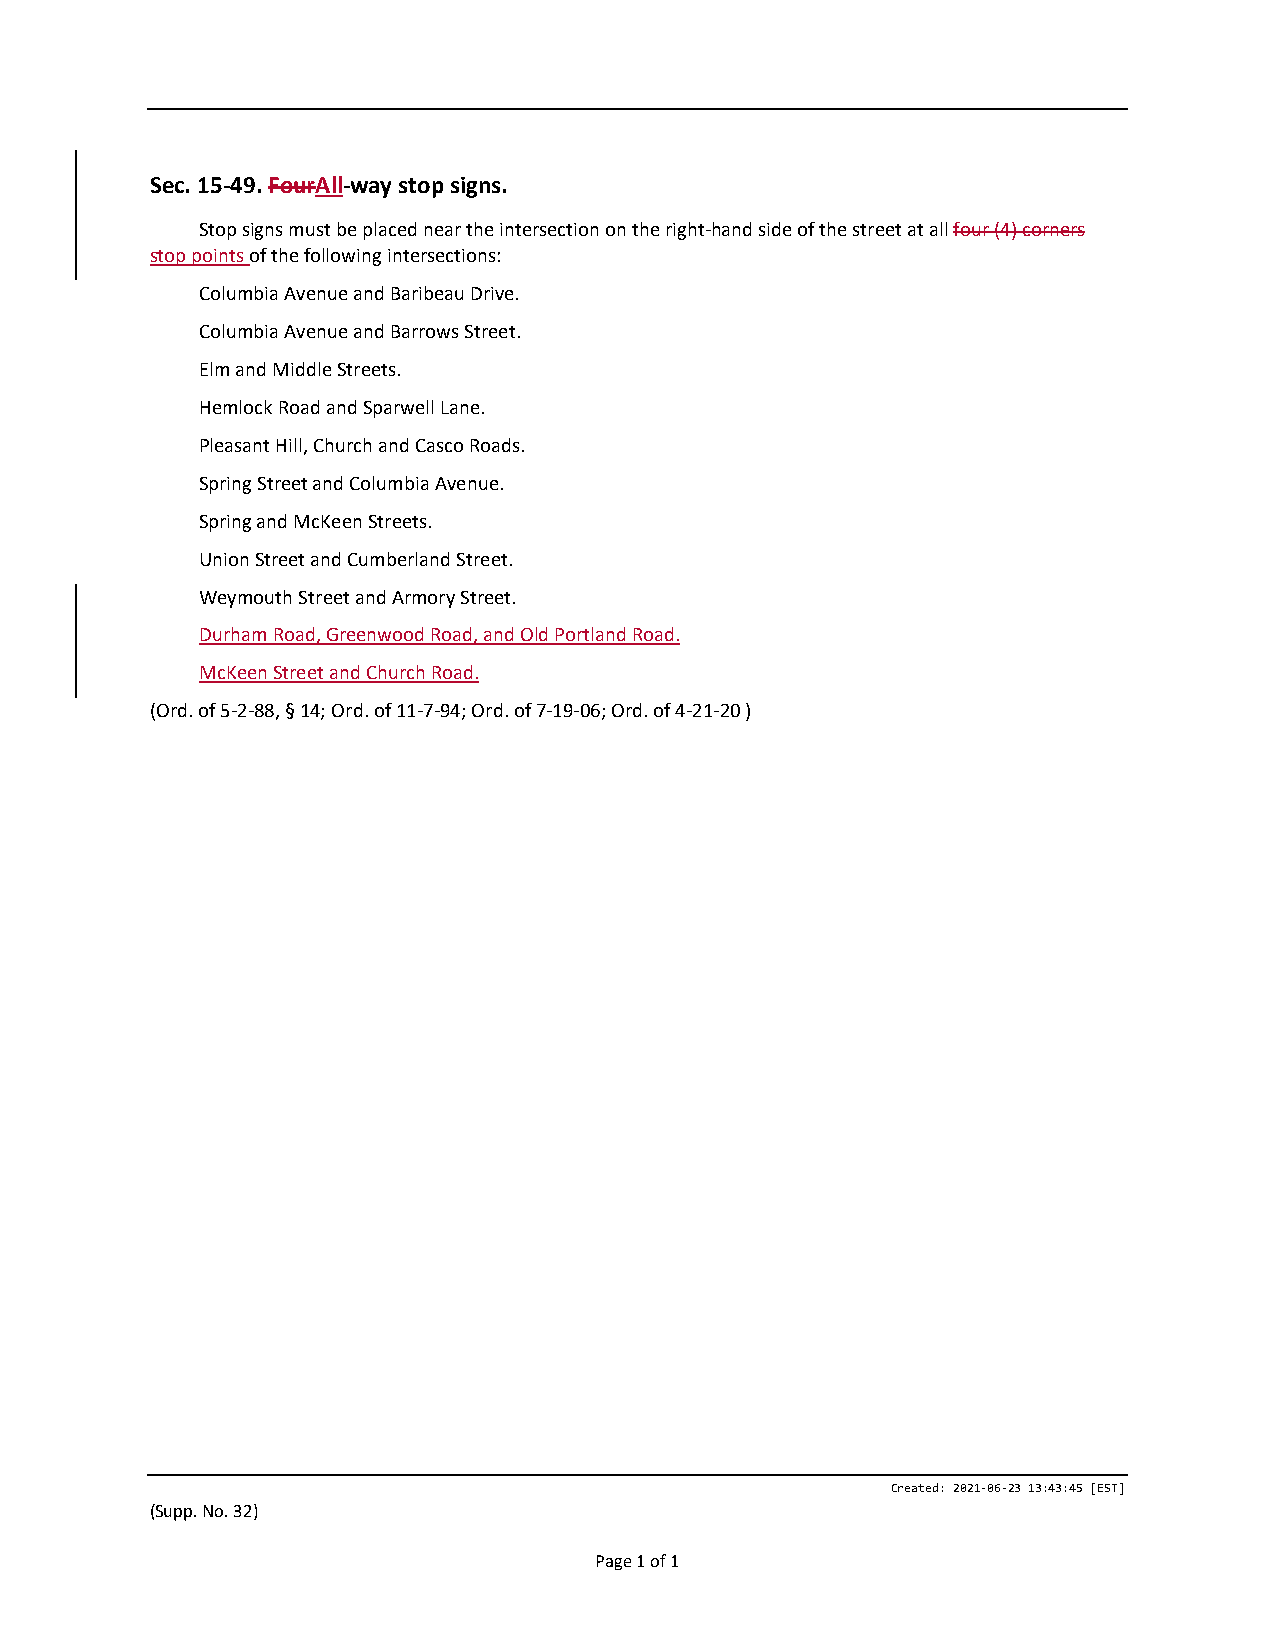
Sec. 15-49. FourAll-way stop signs.
 Stop signs must be placed near the intersection on the right-hand side of the street at all four (4) corners
 stop points of the following intersections:
 Columbia Avenue and Baribeau Drive.
 Columbia Avenue and Barrows Street.
 Elm and Middle Streets.
 Hemlock Road and Sparwell Lane.
 Pleasant Hill, Church and Casco Roads.
 Spring Street and Columbia Avenue.
 Spring and McKeen Streets.
 Union Street and Cumberland Street.
 Weymouth Street and Armory Street.
 Durham Road, Greenwood Road, and Old Portland Road.
 McKeen Street and Church Road.
 (Ord. of 5-2-88, § 14; Ord. of 11-7-94; Ord. of 7-19-06; Ord. of 4-21-20 )
 Created: 2021-06-23 13:43:45 [EST]
 (Supp. No. 32)
 Page 1 of 1